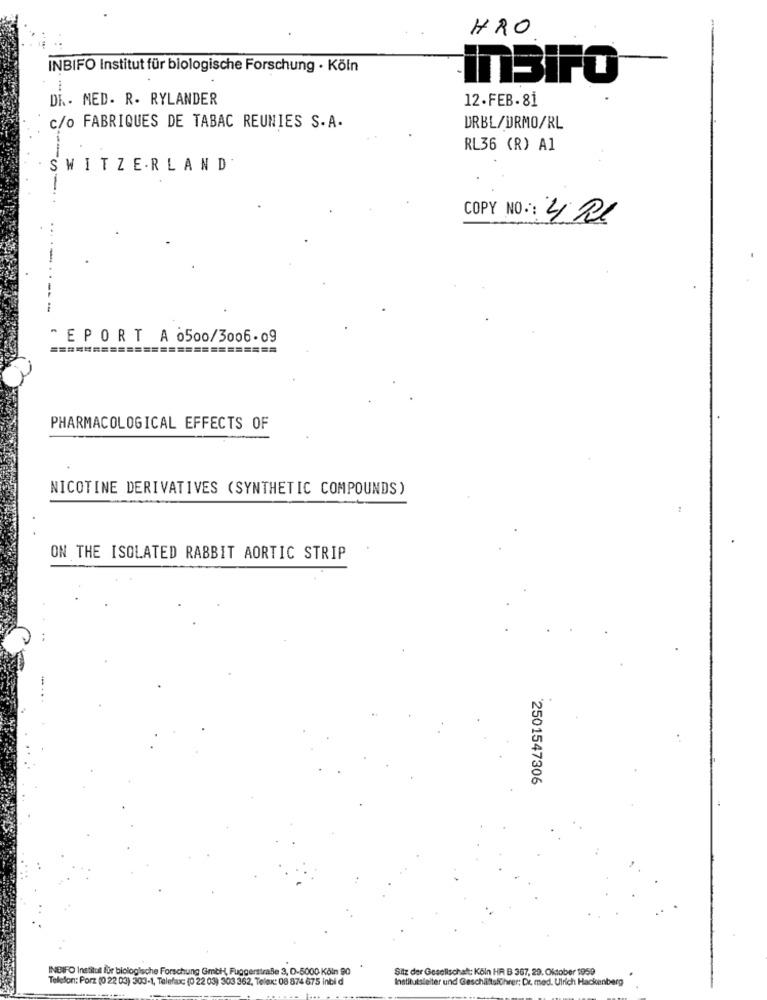
HRO
INBIFO Institut für biologische Forschung · Köln
inBiFO
DK - MED. R. RYLANDER
12.FEB.81
c/o FABRIQUES DE TABAC REUNIES S.A.
URBL/DRMO/RL
RL36 (R) A1
SWITZERLAND
COPY NO: 4 21
" EPORT A 0500/3006-09
=====
=========
PHARMACOLOGICAL EFFECTS OF
NICOTINE DERIVATIVES (SYNTHETIC COMPOUNDS)
ON THE ISOLATED RABBIT AORTIC STRIP
2501547306
INBIFO Institut für biologische Forschung Gmbh -, Fuggerstraße 3, D-5000 Köln 90
Sitz der Gesellschaft: Köln HR B 367, 29. Oktober 1959
Telefon: Porz (0 22 03) 303-1, Telefax: (0 22 03) 303 362, Telex: 08 874 675 inbi d
Institutsleiter und Geschäftsführer; Dr. med. Ulrich Hackenberg